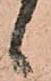
候